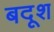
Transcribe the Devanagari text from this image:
बदूश